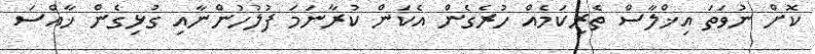
ކޮށް ނުވަތަ އިޚްލާސް ތެރިކަމެއް ހުރެގެން އެކަން ކުރާނަމަ ފުލުހުންނާއި ގުޅިގެން ޚާއްސަ